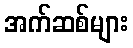
အက်ဆစ်များ